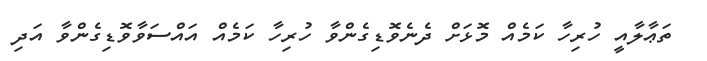
ތަޢާލާއީ ހުރިހާ ކަމެއް މޮޅަށް ދެނެވޮޑިގެންވާ ހުރިހާ ކަމެއް އައްސަވާވޮޑިގެންވާ އަދި